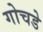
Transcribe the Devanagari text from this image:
गोचडे